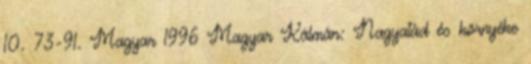
10. 73-91. Magyar 1996 Magyar Kálmán: Nagyatád és környéke